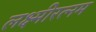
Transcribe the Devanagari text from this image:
लक्ष्मीरत्नम